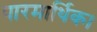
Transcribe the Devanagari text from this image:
पारमार्थिक।